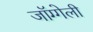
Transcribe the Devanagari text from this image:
जॉग्गेली